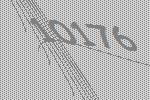
10176